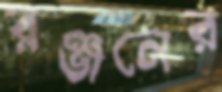
রঞ্জনের